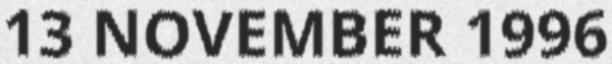
13 NOVEMBER 1996